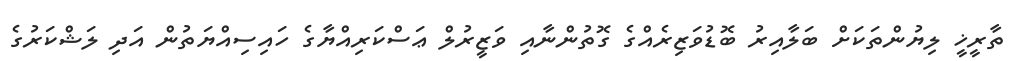
ތާރީޚީ ލިޔުންތަކަށް ބަލާއިރު ބޮޑުވަޒިރެއްގެ ގޮތުންނާއި ވަޒީރުލް ޢަސްކަރިއްޔާގެ ހައިސިއްޔަތުން އަދި ލަޝްކަރުގެ